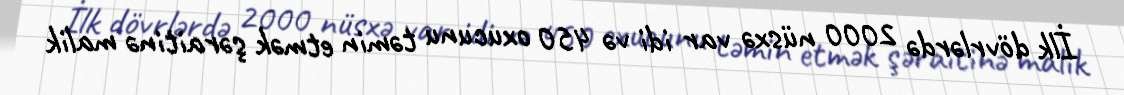
İlk dövrlərdə 2000 nüsxə var idi və 450 oxucunu təmin etmək şəraitinə malik